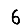
Digit: 6